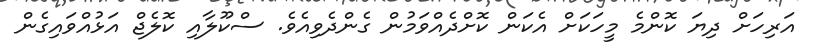
އަރިހަށް ދިޔަ ކޮންމެ މީހަކަށް އެކަން ކޮށްދެއްވަމުން ގެންދެވިއެވެ. ސްކޫލާއި ކޮލެޖް އަޅުއްވައިގެން